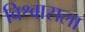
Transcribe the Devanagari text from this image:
विश्वासला